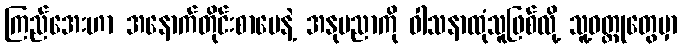
ကြည်အေးဟာ အနောက်တိုင်းစာပေနဲ့ အနုပညာကို ဝါသနာထုံသူဖြစ်လို့ သူ့ဝတ္ထုတွေမှာ